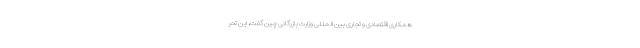
همکاری اقتصادی و تجاری بین المللی وزارت بازرگانی چین گفت، این تحر